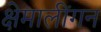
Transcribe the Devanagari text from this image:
क्षेमालींगन